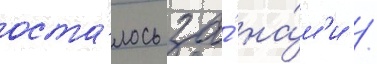
оста́лось за́ на́м'и /